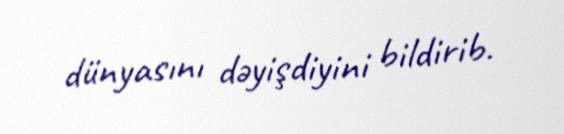
dünyasını dəyişdiyini bildirib.